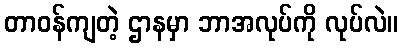
တာဝန်ကျတဲ့ ဌာနမှာ ဘာအလုပ်ကို လုပ်လဲ။